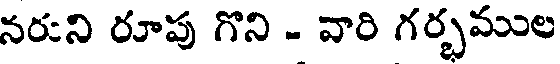
నరని రూపు గొని - వారి గర్భముల